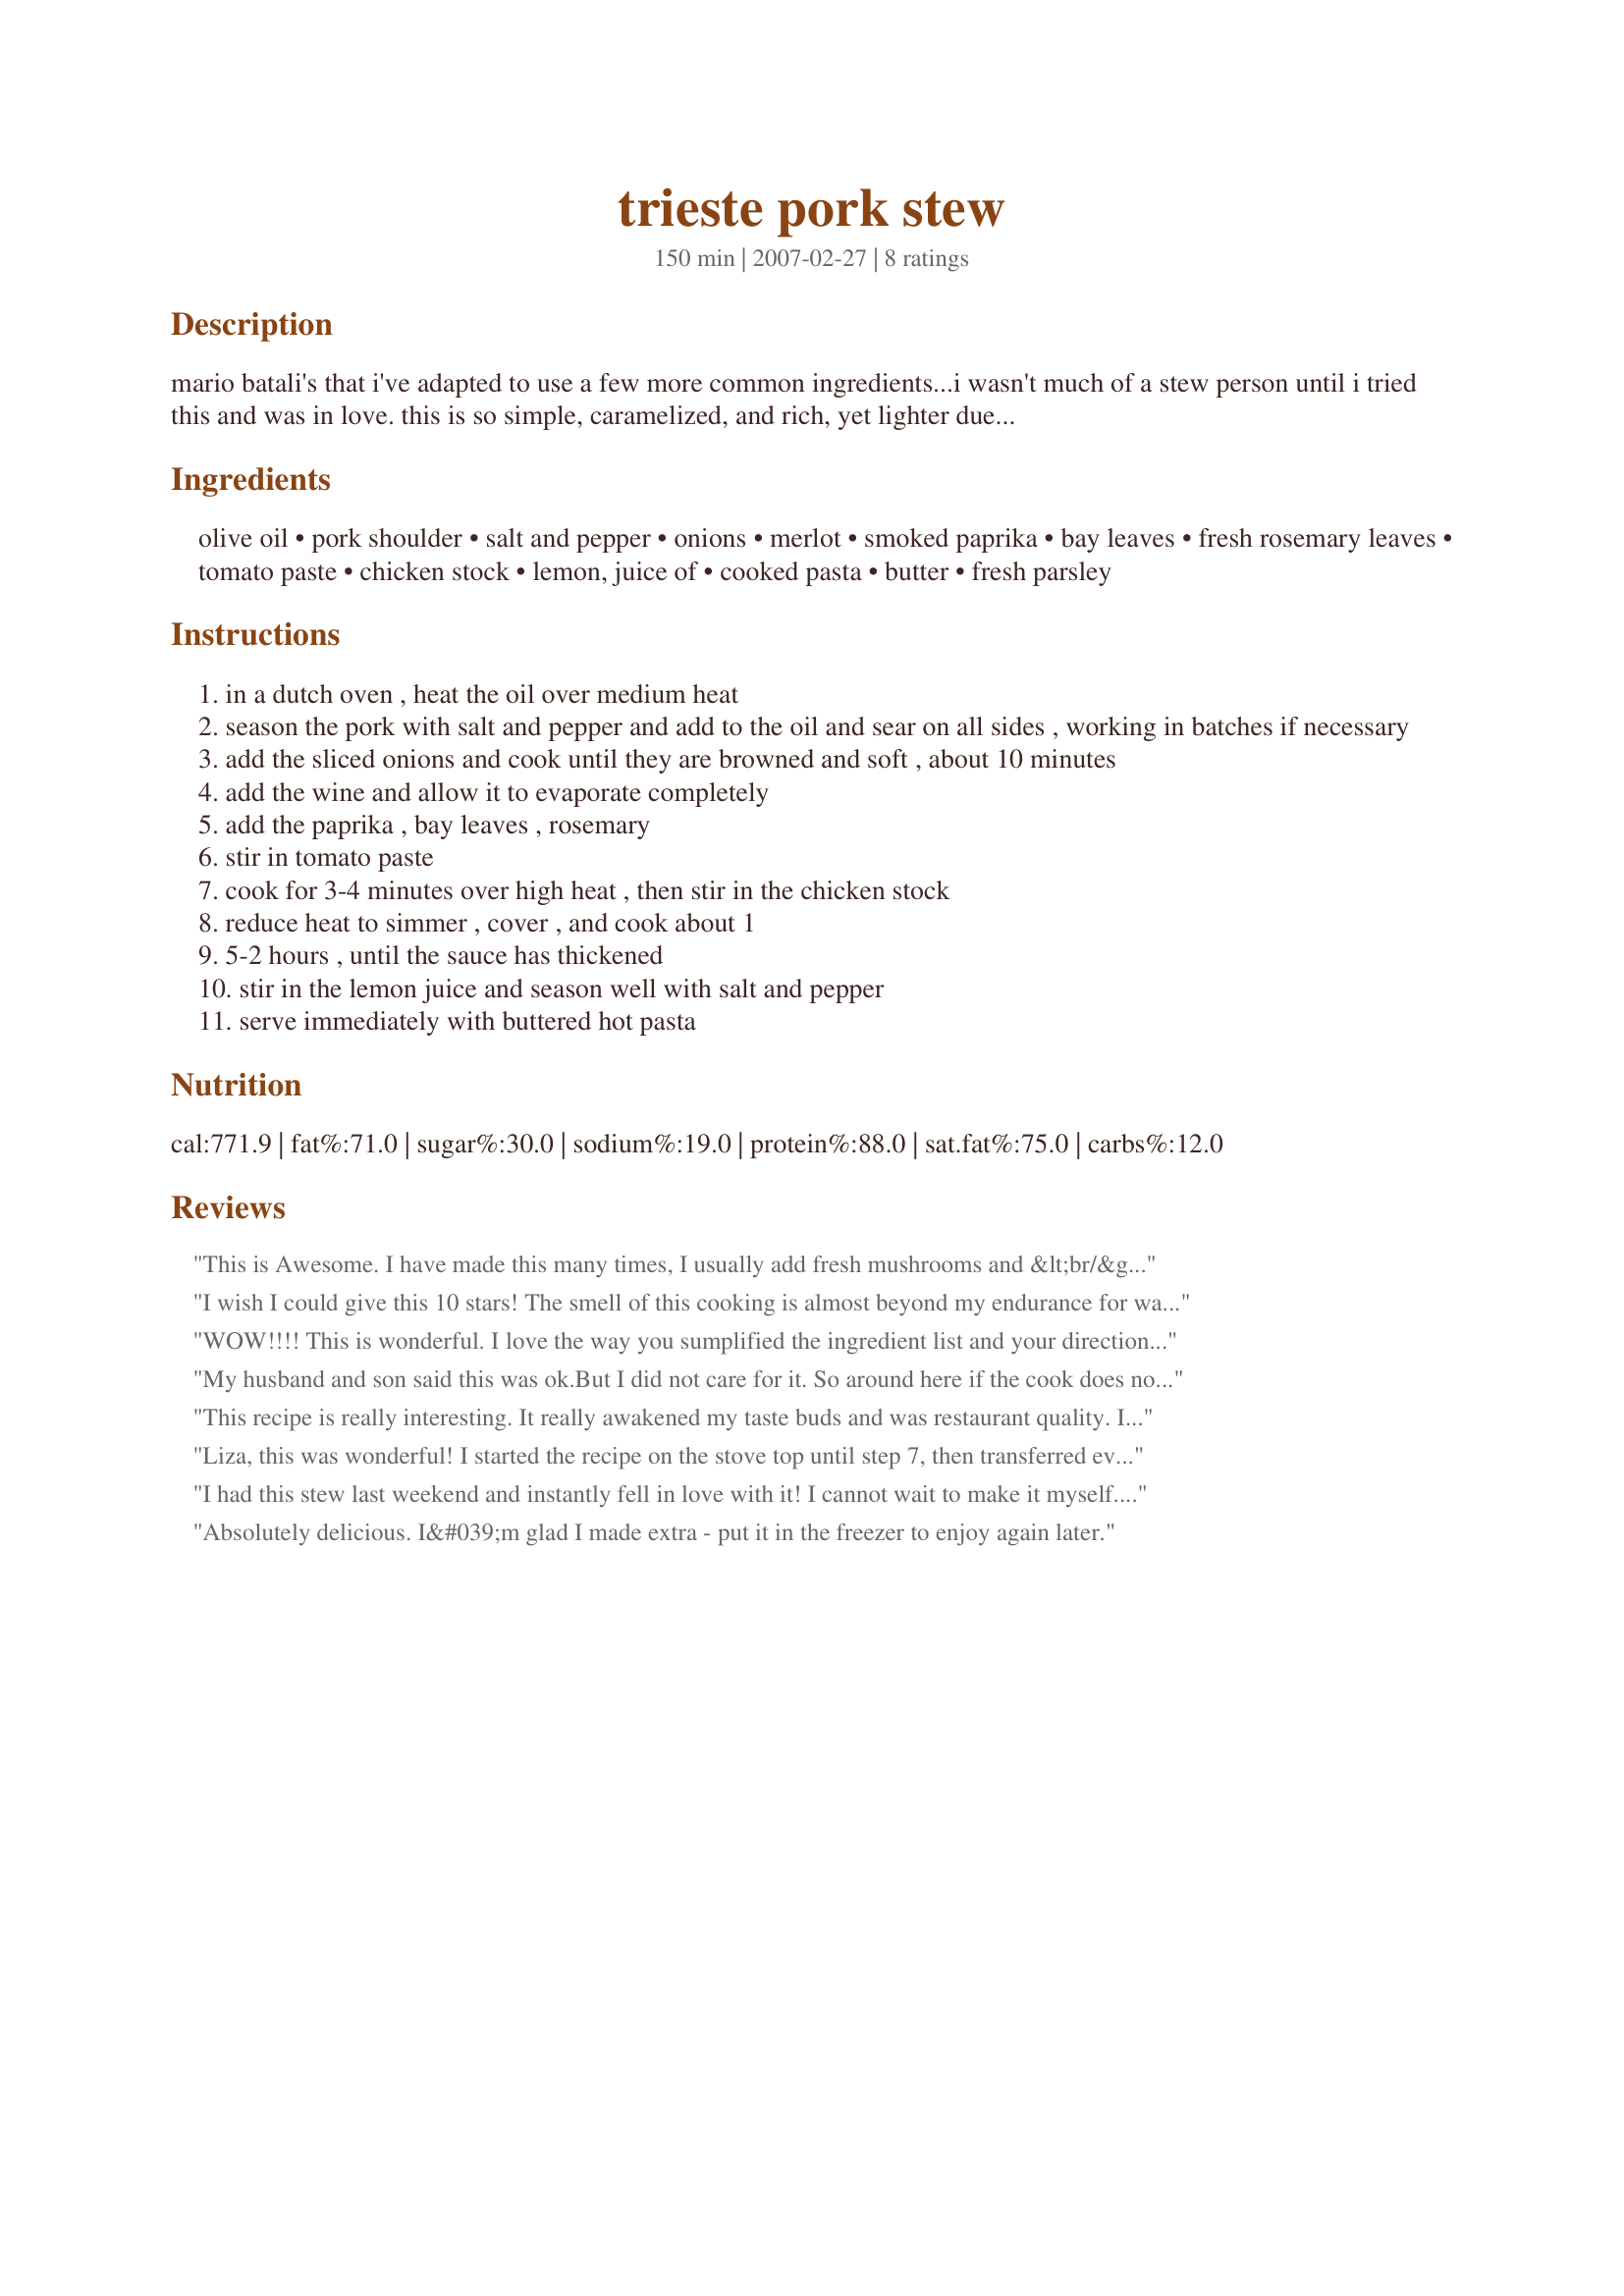
trieste pork stew
Preparation time: 150 minutes

mario batali's that i've adapted to use a few more common ingredients...i wasn't much of a stew person until i tried this and was in love. this is so simple, caramelized, and rich, yet lighter due to the chicken stock, that it is now my goto stew recipe.

Ingredients:
olive oil, pork shoulder, salt and pepper, onions, merlot, smoked paprika, bay leaves, fresh rosemary leaves, tomato paste, chicken stock, lemon, juice of, cooked pasta, butter, fresh parsley

Steps:
in a dutch oven , heat the oil over medium heat
season the pork with salt and pepper and add to the oil and sear on all sides , working in batches if necessary
add the sliced onions and cook until they are browned and soft , about 10 minutes
add the wine and allow it to evaporate completely
add the paprika , bay leaves , rosemary
stir in tomato paste
cook for 3-4 minutes over high heat , then stir in the chicken stock
reduce heat to simmer , cover , and cook about 1
5-2 hours , until the sauce has thickened
stir in the lemon juice and season well with salt and pepper
serve immediately with buttered hot pasta

Reviews:
This is Awesome. I have made this many times, I usually add fresh mushrooms and &lt;br/&gt;sliced carrots. I buy a whole pork butt and cut my own cubes. this is def a keeper
I wish I could give this 10 stars! The smell of this cooking is almost beyond my endurance for waiting. I love this dish! Just ate it in a bowl; who needs pasta with this yummo wonder!! Thank you so much for posting; it's awesome!
WOW!!!! This is wonderful. I love the way you sumplified the ingredient list and your directions were right on the mark! Thank you so much for posting this.
My husband and son said this was ok.But I did not care for it. So around here if the cook does not like it, you probley won't get it agin.I cut off one stalk of rosemary,and think it was too much.
Also only had regular paprika.Perhaps should have used a bit of smoke.May try again,sure sounds good.
This recipe is really interesting. It really awakened my taste buds and was restaurant quality. I made a few changes due to diet restrictions. I used a leaner cut of pork, chicken broth instead of stock, and served it with whole wheat pasta and broccoli. Thanks.
Liza, this was wonderful! I started the recipe on the stove top until step 7, then transferred everything to a crockpot, it simmered for @ 3 hours on high. During the last half hour I added a slurry. The meat was cooked to perfection and the sauce was to die for! I followed your suggestion and served it over buttered noodles. This goes into my favorite crockpot recipe book, we absolutely loved it.
I had this stew last weekend and instantly fell in love with it! I cannot wait to make it myself. It is definitely a "plate licker" in my family!
Absolutely delicious. I&#039;m glad I made extra - put it in the freezer to enjoy again later.
